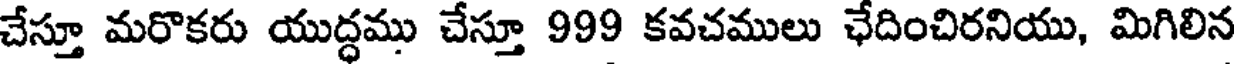
చేస్తూ మరొకరు యుద్ధము చేస్తూ 999 కవచములు ఛేదించిరనియు, మిగిలిన